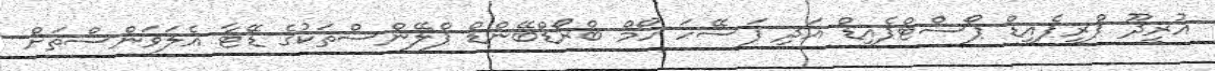
އުރީދޫ ޕްރީޕެއިޑް ޕޯސްޓްޕެއިޑް އަދި ފަސޭހަ ހޯމް ބްރޯޑްބޭންޑް ޕްލޭންސްތަކުގެ ޑޭޓާ އެލަވަންސްތަށް